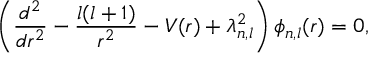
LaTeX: \left( \frac { d ^ { 2 } } { d r ^ { 2 } } - \frac { l ( l + 1 ) } { r ^ { 2 } } - V ( r ) + \lambda _ { n , l } ^ { 2 } \right) \phi _ { n , l } ( r ) = 0 ,